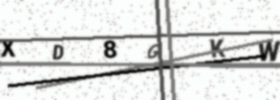
Text: XD8GKW